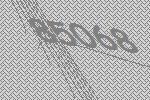
85068